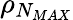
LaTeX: \rho_{N_{MAX}}